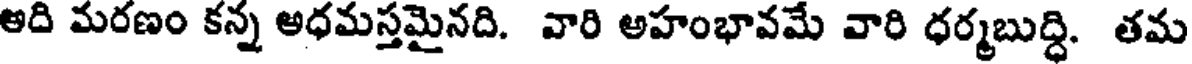
అది మరణం కన్న అధమస్తమైనది. వారి అహంభావమే వారి ధర్మబుద్ధి. తమ